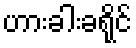
ဟားခါးခရိုင်